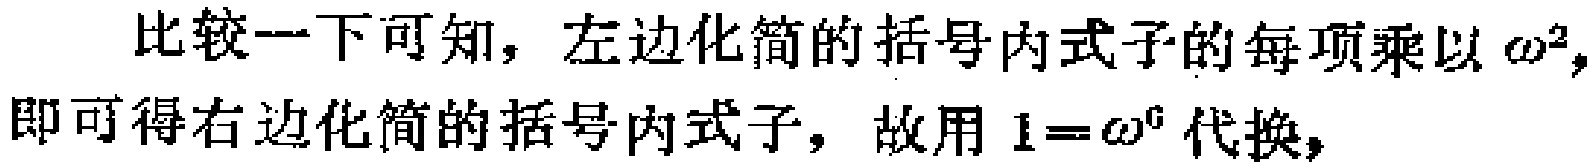
比较一下可知，左边化简的括号内式子的每项乘以\(\omega^{2}\)，即可得右边化简的括号内式子，故用\(1 = \omega^{6}\)代换，